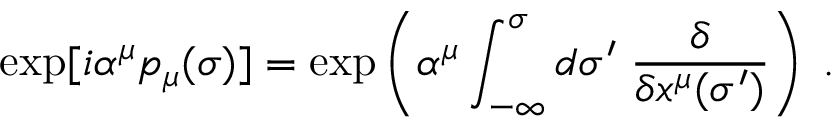
\exp [ i \alpha ^ { \mu } p _ { \mu } ( \sigma ) ] = \exp \left( \alpha ^ { \mu } \int _ { - \infty } ^ { \sigma } d \sigma ^ { \prime } \; \frac { \delta } { \delta x ^ { \mu } ( \sigma ^ { \prime } ) } \right) \; .